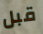
قبل